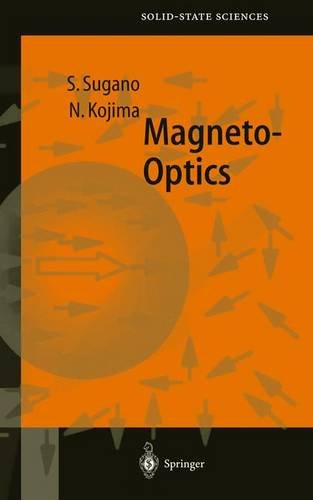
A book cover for Magneto-Optics (Springer Series in Solid-State Sciences); Science & Math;